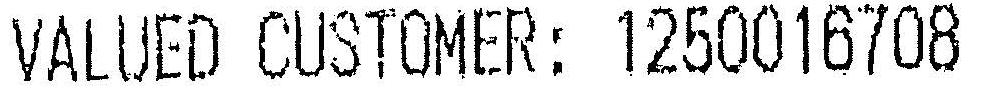
VALUED CUSTOMER: 1250016708